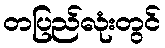
တပြည်လုံးတွင်